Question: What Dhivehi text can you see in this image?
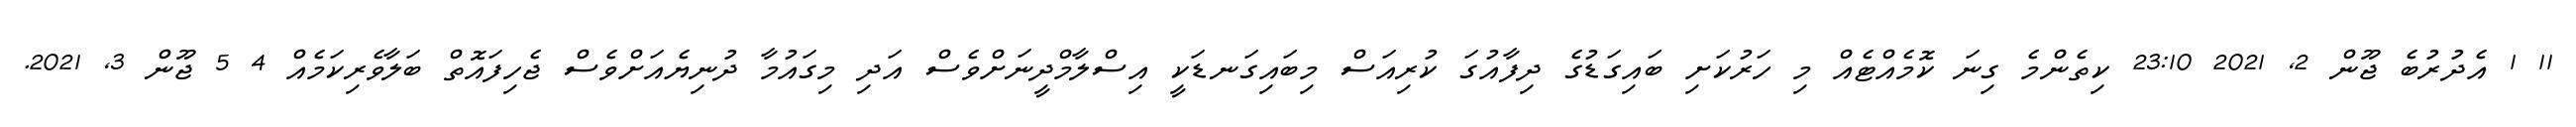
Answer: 11 1 އެދުރުބެ ޖޫން 2, 2021 23:10 ކިތެންމެ ގިނަ ކޮމެއްޓެއް މި ހަރުކަށި ބައިގަޑުގެ ދިފާއުގަ ކުރިއަސް މިބައިގަނޑަކީ އިސްލާމްދީނަށްވެސް އަދި މިގައުމާ ދުނިޔެއަށްވެސް ޖެހިފައޮތް ބަލާވެރިކަމެއް 4 5 ޖޫން 3, 2021.